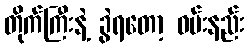
တိုက်ကြီးနဲ့ ခွဲရတော့ ဝမ်းနည်း